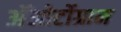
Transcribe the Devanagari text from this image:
अॅओर्टोग्राम